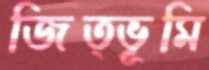
জিত্ভূমি